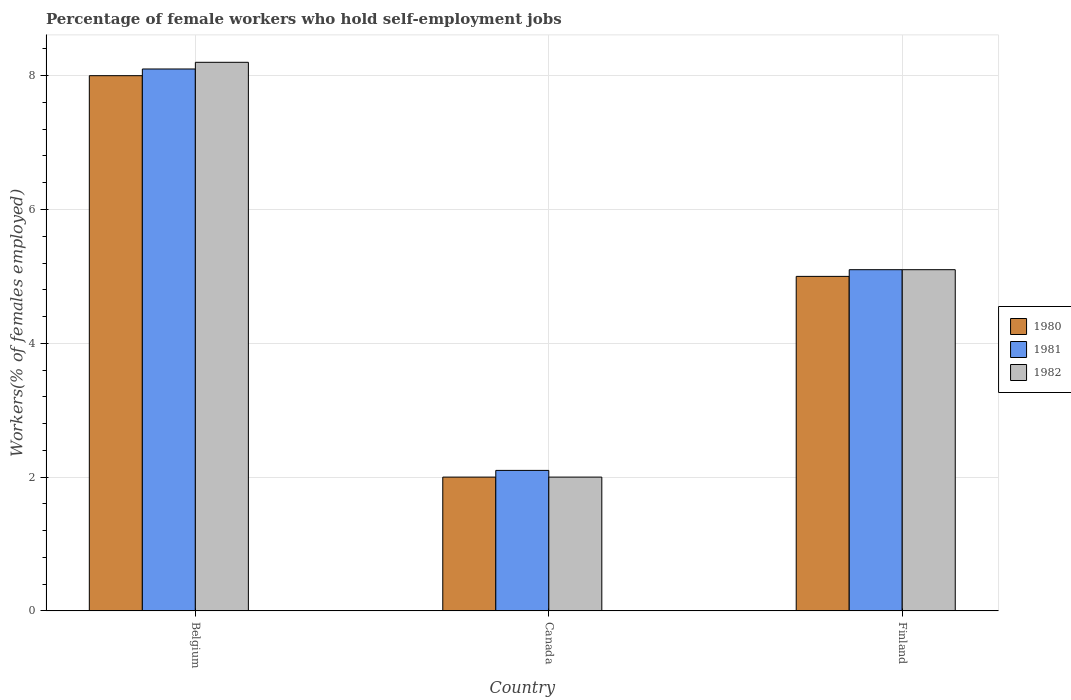
| Country | 1980 | 1981 | 1982 |
 | --- | --- | --- | --- |
 | Belgium | 8 | 8.1 | 8.2 |
 | Canada | 2 | 2.1 | 2 |
 | Finland | 5 | 5.1 | 5.1 |